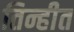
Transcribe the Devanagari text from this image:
तिन्हीत